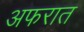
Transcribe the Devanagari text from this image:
अफरात